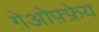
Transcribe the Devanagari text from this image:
ग़ेओफ़्फ़्रेय